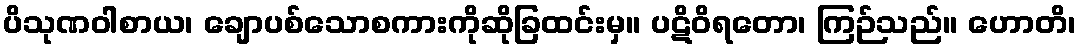
ပိသုဏဝါစာယ၊ ချောပစ်သောစကားကိုဆိုခြထင်းမှ။ ပဋိဝိရတော၊ ကြဉ်သည်။ ဟောတိ၊